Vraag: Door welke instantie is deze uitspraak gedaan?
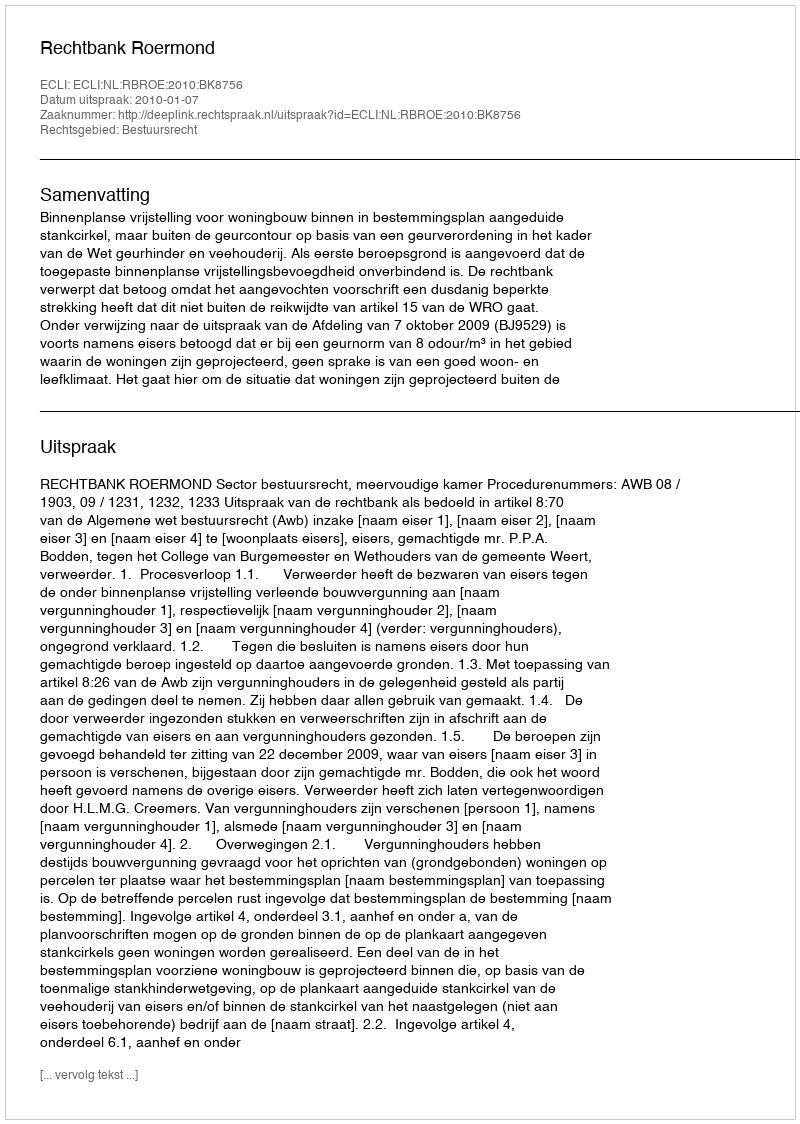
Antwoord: Rechtbank Roermond